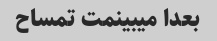
بعدا میبینمت تمساح